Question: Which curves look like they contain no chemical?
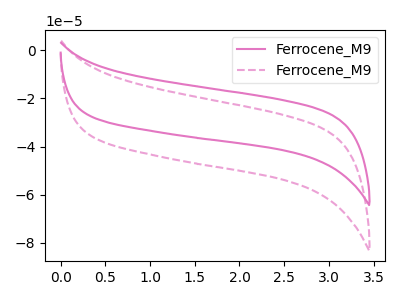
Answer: <think>The pink curve "Ferrocene_M91" has no peaks. The pink dashed curve "Ferrocene_M92" has no peaks.</think>
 <answer>"Ferrocene_M91" and "Ferrocene_M92" are likely to be blanks.</answer>
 <eval>"Ferrocene_M91", "Ferrocene_M92"</eval>